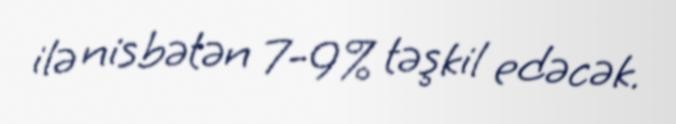
ilə nisbətən 7-9% təşkil edəcək.